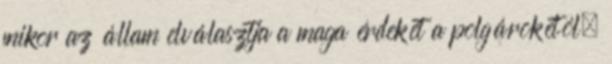
mikor az állam elválasztja a maga érdekét a polgárokétól,